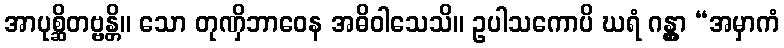
အာပုစ္ဆိတဗ္ဗန္တိ။ သော တုဏှိဘာဝေန အဓိဝါသေသိ။ ဥပါသကောပိ ဃရံ ဂန္တွာ “အမှာကံ